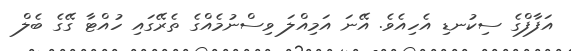
އަފާފްގެ ސިކުނޑި އެހިއެވެ. އޭނަ އަމިއްލަ ވިސްނުމެއްގެ ތެރޭގައި ހުއްޓާ ގޭގެ ބެލް